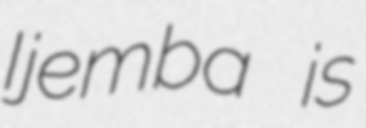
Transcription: Ijemba is